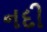
નદી